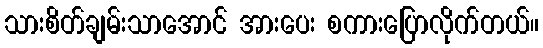
သားစိတ်ချမ်းသာအောင် အားပေး စကားပြောလိုက်တယ်။